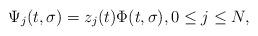
LaTeX: \begin{align*}\Psi_j(t,\sigma)=z_j(t)\Phi(t,\sigma),0\leq j\leq N,\end{align*}